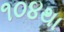
૧૦૪થા